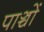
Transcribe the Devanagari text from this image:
पाञ्चों